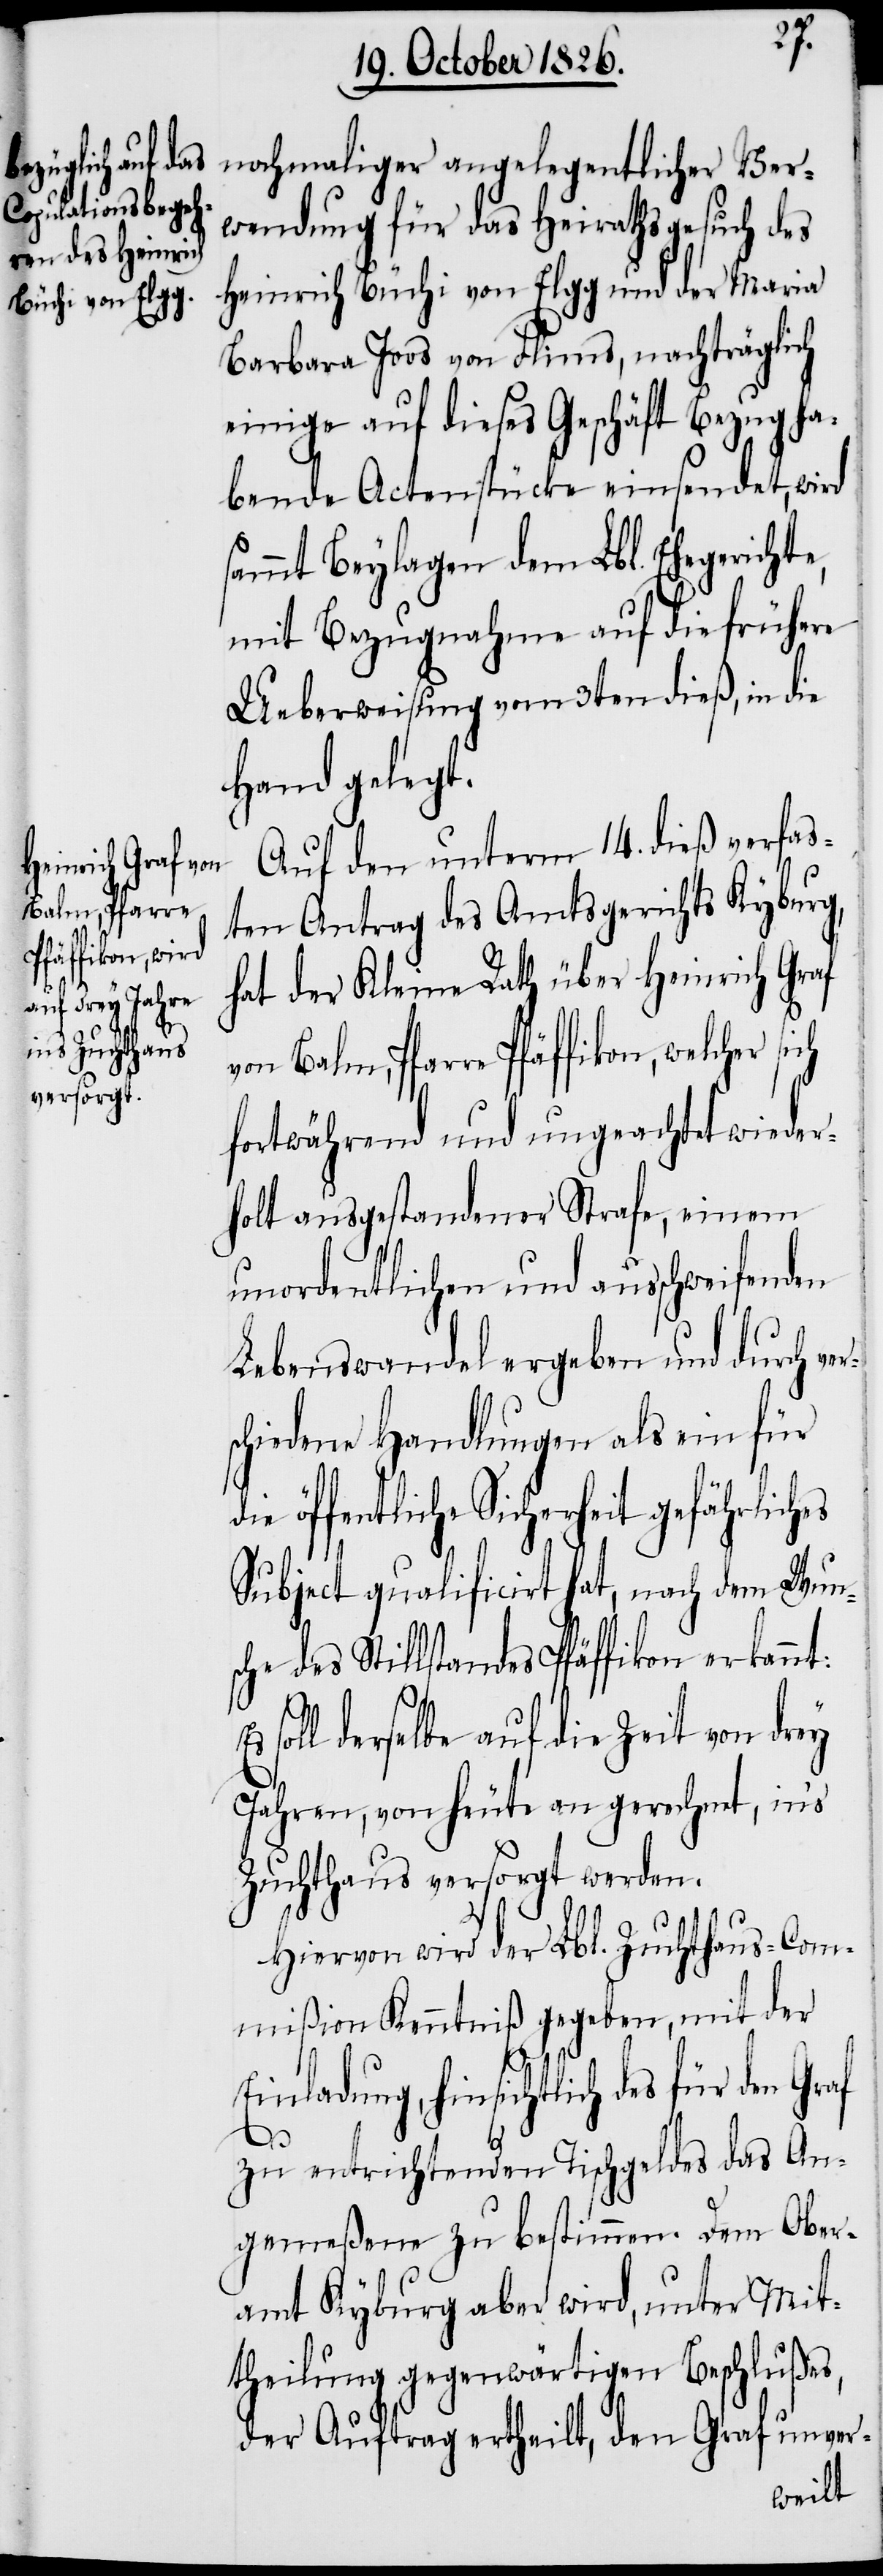
des für den
hinsichtlich
Balm, Pfarre
Pfäffikon, w¬

nochmaliger angelegentlicher Ver¬
wendung für das Heirathsgesuch des
Heinrich Büchi von Elgg und der Maria
Barbara Joos von Flims, nachträglich
einige auf dieses Geschäft Bezug ha¬
bende Actenstücke einsendet, wird
sammt Beylagen dem Lbl. Ehegerichte,
mit Bezugnahme auf die frühere
Ueberweisung vom 3ten dieß, in die
Hand gelegt.
Auf den unterm 14. dieß verfaß¬
ten Antrag des Amtsgerichts Kyburg,
hat der Kleine Rath über Heinrich Graf
fortwährend und ungeachtet wieder¬
holt ausgestandener Strafe, einem
unordentlichen und ausschweifenden
Lebenswandel ergeben und durch ve¬
schiedene Handlungen als ein für
die öffentliche Sicherheit gefährliches
Subject qualificirt hat, nach dem Wuns¬
che des Stillstandes Pfäffikon erkannt:
soll derselbe auf die Zeit von drey
Jahren, von heute an gerechnet, in’s
Zuchthaus versorgt werden.
Hiervon wird der Lbl. Zuchthaus-Com¬
mißion Kenntniß gegeben, mit der
r¬
zu entrichtenden Tischgeldes das An¬
gemeßene zu bestimmen. Dem Ober¬
amt Kyburg aber wird, unter Mit¬
theilung gegenwärtigen Beschlußes,
der Auftrag ertheilt, den Graf unver-